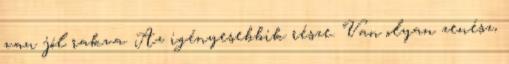
van jól rakva. Az igényesebbik része. Van olyan zenész,